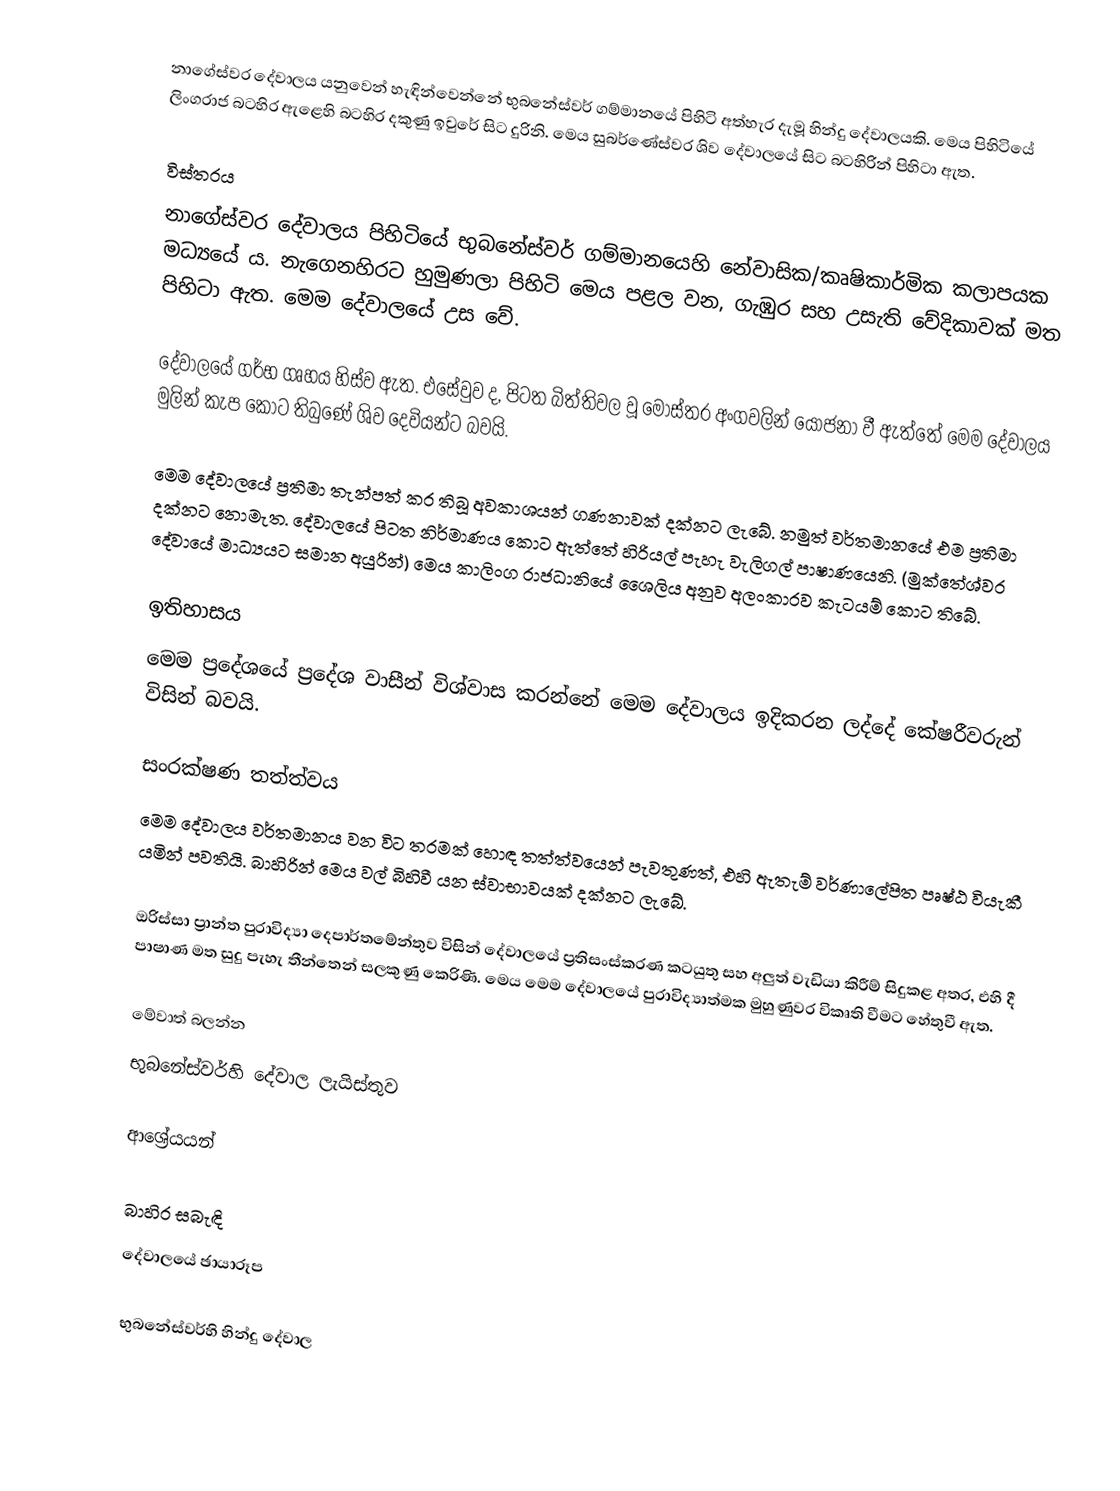
නාගේස්වර දේවාලය යනුවෙන් හැඳින්වෙන්නේ භුබනේස්වර් ගම්මානයේ පිහිටි අත්හැර දැමූ හින්දු දේවාලයකි. මෙය පිහිටියේ ලිංගරාජ බටහිර ඇළෙහි බටහිර දකුණු ඉවුරේ සිට  දුරිනි.  මෙය සුබර්ණේස්වර ශිව දේවාලයේ සිට බටහිරින් පිහිටා ඇත.

විස්තරය
නාගේස්වර දේවාලය පිහිටියේ භුබනේස්වර් ගම්මානයෙහි නේවාසික/කෘෂිකාර්මික කලාපයක මධ්‍යයේ ය. නැගෙනහිරට හුමුණලා පිහිටි මෙය පළල  වන, ගැඹුර  සහ  උසැති වේදිකාවක් මත පිහිටා ඇත. මෙම දේවාලයේ උස  වේ.

දේවාලයේ ගර්භ ගෘහය හිස්ව ඇත. එසේවුව ද, පිටත බිත්තිවල වූ මෝස්තර අංගවලින් යෝජනා වී ඇත්තේ මෙම දේවාලය මුලින් කැප කොට තිබුණේ ශිව දෙවියන්ට බවයි.

මෙම දේවාලයේ ප්‍රතිමා තැන්පත් කර තිබූ අවකාශයන් ගණනාවක් දක්නට ලැබේ. නමුත් වර්තමානයේ එම ප්‍රතිමා දක්නට නොමැත. දේවාලයේ පිටත නිර්මාණය කොට ඇත්තේ හිරියල් පැහැ වැලිගල් පාෂාණයෙනි. (මුක්තේශ්වර දේවායේ මාධ්‍යයට සමාන අයුරින්) මෙය කාලිංග රාජධානියේ ශෛලිය අනුව අලංකාරව කැටයම් කොට තිබේ.

ඉතිහාසය
මෙම ප්‍රදේශයේ ප්‍රදේශ වාසීන් විශ්වාස කරන්නේ මෙම දේවාලය ඉදිකරන ලද්දේ කේෂරීවරුන් විසින් බවයි.

සංරක්ෂණ තත්ත්වය
මෙම දේවාලය වර්තමානය වන විට තරමක් හොඳ තත්ත්වයෙන් පැවතුණත්, එහි ඇතැම් වර්ණාලේපිත පෘෂ්ඨ වියැකී යමින් පවතියි. බාහිරින් මෙය වල් බිහිවී යන ස්වාභාවයක් දක්නට ලැබේ.

ඔරිස්සා ප්‍රාන්ත පුරාවිද්‍යා දෙපාර්තමේන්තුව විසින් දේවාලයේ ප්‍රතිසංස්කරණ කටයුතු සහ අලුත් වැඩියා කිරීම් සිදුකළ අතර, එහි දී පාෂාණ මත සුදු පැහැ තීන්තෙන් සලකුණු කෙරිණි. මෙය මෙම දේවාලයේ පුරාවිද්‍යාත්මක මුහුණුවර විකෘති වීමට හේතුවී ඇත.

මේවාත් බලන්න
 භුබනේස්වර්හි දේවාල ලැයිස්තුව

ආශ්‍රේයයන්

බාහිර සබැඳි
 දේවාලයේ ඡායාරූප

භුබනේස්වර්හි හින්දු දේවාල